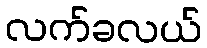
လက်ခလယ်